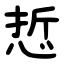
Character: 悊